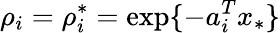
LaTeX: \rho_{i}=\rho_{i}^{*}=\exp\{ -a_{i}^{T}x_{*}\}